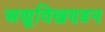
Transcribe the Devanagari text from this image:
अणुविखण्डन